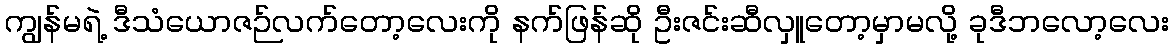
ကျွန်မရဲ့ ဒီသံယောဇဉ်လက်တော့လေးကို နက်ဖြန်ဆို ဦးဇင်းဆီလှူတော့မှာမလို့ ခုဒီဘလော့လေး